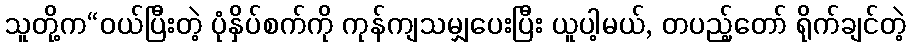
သူတို့က“ဝယ်ပြီးတဲ့ ပုံနှိပ်စက်ကို ကုန်ကျသမျှပေးပြီး ယူပါ့မယ်, တပည့်တော် ရိုက်ချင်တဲ့